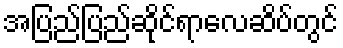
အပြည်ပြည်ဆိုင်ရာလေဆိပ်တွင်